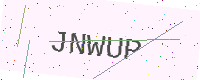
Text: JNWUP